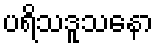
ပရိသဒူသနော